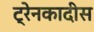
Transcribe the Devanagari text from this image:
ट्रेनकादीस